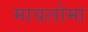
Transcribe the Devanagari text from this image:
मायलोमा